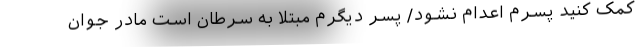
کمک‌ کنید پسرم‌ اعدام نشود/ پسر‌ دیگرم مبتلا به سرطان است مادر جوان